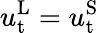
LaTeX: u_{\mathrm{t}}^{\mathrm{L}}=u_{\mathrm{t}}^{\mathrm{S}}